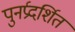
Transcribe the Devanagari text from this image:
पुनर्प्रदर्शित